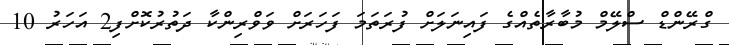
ގްރޭންޑް ސްލޭމް މުބާރާތެއްގެ ފައިނަލަށް ފުރަތަމަ ފަހަރަށް ވަވްރިންކާ ދަތުރުކޮށްފި2 އަހަރު 10